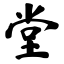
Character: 堂